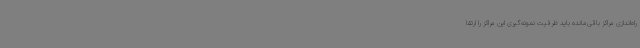
راه‌اندازی مراکز باقی‌مانده باید ظرفیت نمونه‌گیری این مراکز را ارتقا